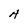
Character: A